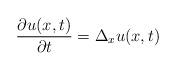
LaTeX: \begin{align*}\frac{\partial u(x,t)}{\partial t} = \Delta_{x}u(x,t)\end{align*}